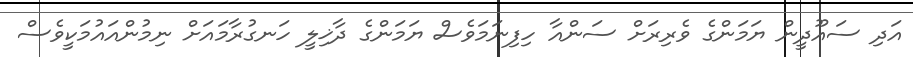
އަދި ސައޫދީން ޔަމަންގެ ވެރިރަށް ސަންއާ ހިފިނަމަވެސް ޔަމަންގެ ދާޚިލީ ހަނގުރާމައަށް ނިމުންއައުމަކީވެސް